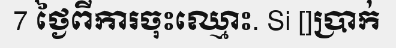
7 ថ្ងៃពីការចុះឈ្មោះ. Si []ប្រាក់